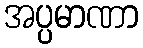
အပ္ပမာဏာ